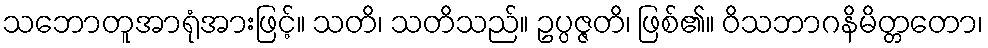
သဘောတူအာရုံအားဖြင့်။ သတိ၊ သတိသည်။ ဥပ္ပဇ္ဇတိ၊ ဖြစ်၏။ ဝိသဘာဂနိမိတ္တတော၊